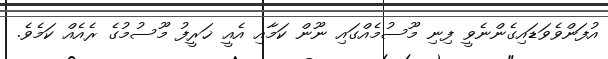
އުފަންވެވަޑައިގެންނެވީ ފިނި މޫސުމެއްގައި ނޫން ކަމާއި އެއީ ޚަރީފު މޫސުމުގެ ރެއެއް ކަމެވެ.